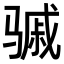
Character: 𬴈